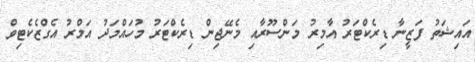
އައިޝަތު ފަޒީނާ ޑިރެކްޓަރު އާމިރު މަންސޫރާއި މެނޭޖިން ޑިރެކްޓަރު މުހައްމަދު އަމްރު އެގްޒެކެޓިވް